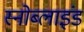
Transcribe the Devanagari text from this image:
स्नोब्लाइंड